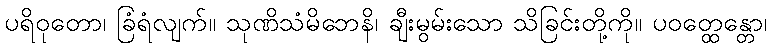
ပရိဝုတော၊ ခြံရံလျက်။ သုဏိသံမိဘေနိ၊ ချီးမွမ်းသော သိခြင်းတို့ကို။ ပဝတ္ထေန္တော၊